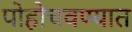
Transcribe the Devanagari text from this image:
पोहोचवण्यात